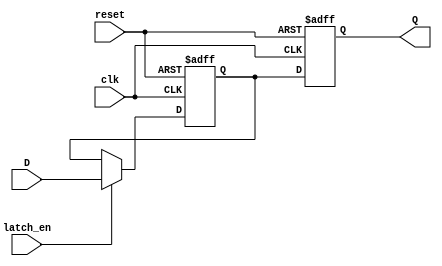
module sequential_logic_block (
    input wire clk,
    input wire reset,
    input wire D,
    input wire latch_en,
    output reg Q
);

reg latch;

always @(posedge clk or posedge reset) begin
    if (reset) begin
        latch <= 1'b0;
    end else begin
        if (latch_en) begin
            latch <= D;
        end
    end
end

always @(posedge clk or posedge reset) begin
    if (reset) begin
        Q <= 1'b0;
    end else begin
        Q <= latch;
    end
end

endmodule